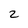
Character: 2